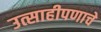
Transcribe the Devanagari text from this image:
उत्साहीपणाचे